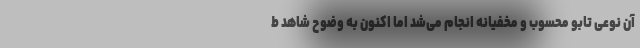
آن نوعی تابو محسوب و مخفیانه انجام می‌شد اما اکنون به وضوح شاهد ط